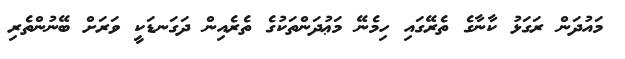
މައުދަން ރަގަޅު ކާނާގެ ތެރޭގައި ހިމެނޭ މަޢުދަންތަކުގެ ތެރެއިން ދަގަނޑަކީ ވަރަށް ބޭނުންތެރި